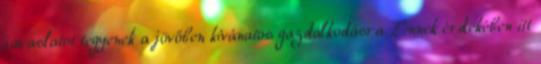
javaslatot tegyenek a jövőben kívánatos gazdálkodásra. Ennek érdekében itt